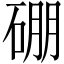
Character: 硼